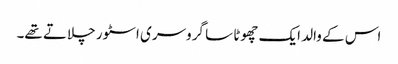
اس کے والد ایک چھوٹا سا گروسری اسٹور چلاتے تھے۔